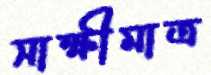
সাক্ষীমাত্র